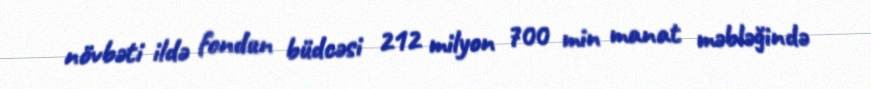
növbəti ildə fondun büdcəsi 212 milyon 700 min manat məbləğində